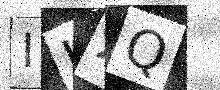
Text: IHXQ